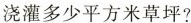
浇灌多少平方米草坪?